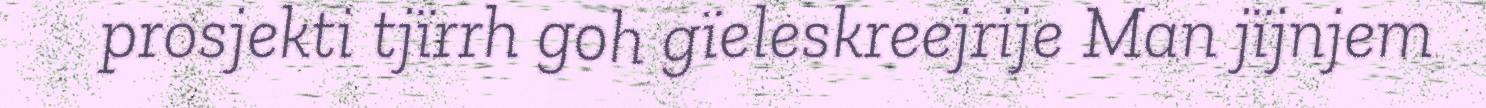
prosjekti tjïrrh goh gïeleskreejrije Man jïjnjem